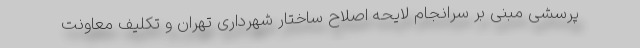
پرسشی مبنی بر سرانجام لایحه اصلاح ساختار شهرداری تهران و تکلیف معاونت